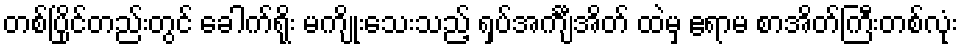
တစ်ပြိုင်တည်းတွင် ခေါက်ရိုး မကျိုးသေးသည့် ရှပ်အင်္ကျီအိတ် ထဲမှ ဧရာမ စာအိတ်ကြီးတစ်လုံး